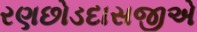
રણછોડદાસજીએ